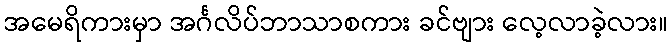
အမေရိကားမှာ အင်္ဂလိပ်ဘာသာစကား ခင်ဗျား လေ့လာခဲ့လား။